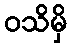
ဝသိမှိ